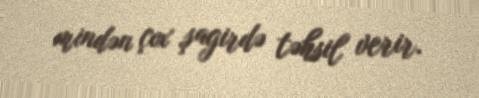
mindən çox şagirdə təhsil verir.